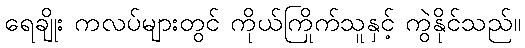
ရေချိုး ကလပ်များတွင် ကိုယ်ကြိုက်သူနှင့် ကွဲနိုင်သည်။